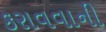
કરાવવાની